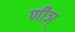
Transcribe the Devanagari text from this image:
णीञ्